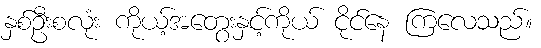
နှစ်ဦးစလုံး ကိုယ့်အတွေးနှင့်ကိုယ် ငိုင်နေ ကြလေသည်။